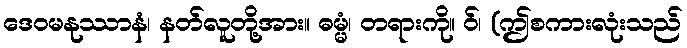
ဒေဝမနုဿာနံ၊ နတ်လူတို့အား။ ဓမ္မံ၊ တရားကို။ ဝ်၊ (ဤစကားလုံးသည်